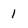
Character: 1